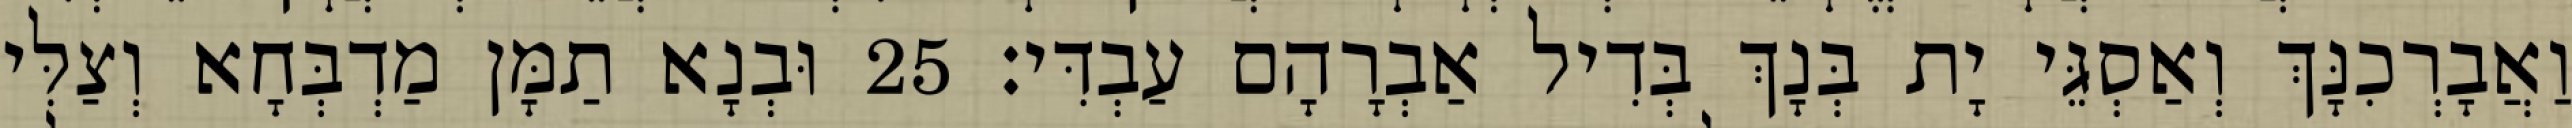
וַאֲבָרְכִנָּךְ וְאַסְגֵּי יָת בְּנָךְ בְּדִיל אַבְרָהָם עַבְדִּי׃ 25 וּבְנָא תַמָּן מַדְבְּחָא וְצַלִּי